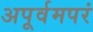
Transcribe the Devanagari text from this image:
अपूर्वमपरं